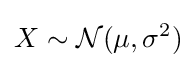
X\sim {\mathcal {N}}(\mu ,\sigma ^{2})